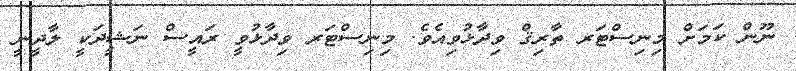
ނޫން ކަމަށް މިނިސްޓަރ ތާރިޤް ވިދާޅުވިއެވެ. މިނިސްޓަރ ވިދާޅުވީ ރައީސް ނަޝީދަކީ ލާދީނީ